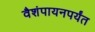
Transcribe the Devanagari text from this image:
वैशंपायनपर्यंत